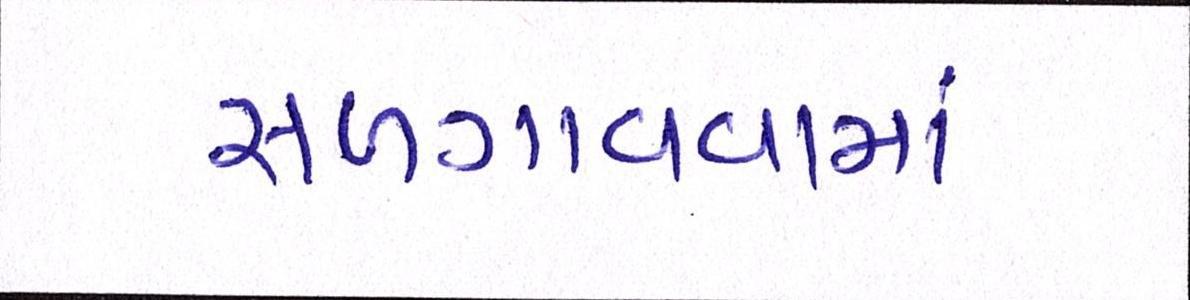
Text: સળગાવવામાં